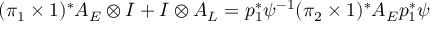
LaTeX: ( \pi _ { 1 } \times 1 ) ^ { * } A _ { E } \otimes I + I \otimes A _ { L } = p _ { 1 } ^ { * } \psi ^ { - 1 } ( \pi _ { 2 } \times 1 ) ^ { * } A _ { E } p _ { 1 } ^ { * } \psi